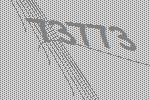
73773